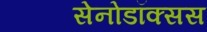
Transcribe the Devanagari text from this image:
सेनोडॉक्सस